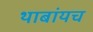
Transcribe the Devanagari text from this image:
थाबांयच